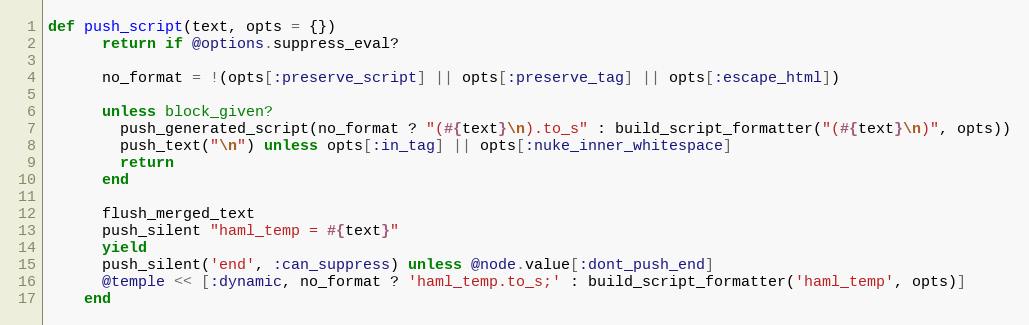
Language: Ruby
def push_script(text, opts = {})
      return if @options.suppress_eval?

      no_format = !(opts[:preserve_script] || opts[:preserve_tag] || opts[:escape_html])

      unless block_given?
        push_generated_script(no_format ? "(#{text}\n).to_s" : build_script_formatter("(#{text}\n)", opts))
        push_text("\n") unless opts[:in_tag] || opts[:nuke_inner_whitespace]
        return
      end

      flush_merged_text
      push_silent "haml_temp = #{text}"
      yield
      push_silent('end', :can_suppress) unless @node.value[:dont_push_end]
      @temple << [:dynamic, no_format ? 'haml_temp.to_s;' : build_script_formatter('haml_temp', opts)]
    end